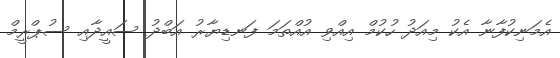
އެމަނިކުފާނާ އެކު މިއަދު ހުކުމް އިއްވި އުއްތަމަ ފަނޑިޔާރު އަބްދު ސައީދާއި ސުޕްރީމް